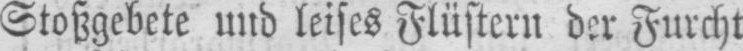
Stoßgebete und leises Flüstern der Furcht